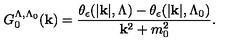
G _ { 0 } ^ { \Lambda , \Lambda _ { 0 } } ( { \bf { k } } ) = \frac { \theta _ { \epsilon } ( | { \bf { k } } | , \Lambda ) - \theta _ { \epsilon } ( | { \bf { k } } | , \Lambda _ { 0 } ) } { { \bf { k } } ^ { 2 } + m _ { 0 } ^ { 2 } } .